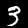
Label: 3